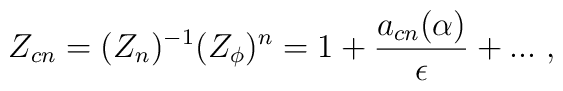
Z_{cn}= ({Z}_n)^{-1} (Z_\phi)^n = 1 + \frac{a_{cn} (\alpha)}{\epsilon}+ ... \; ,